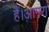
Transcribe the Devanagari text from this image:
है।आगरा